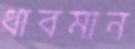
ধাবমান